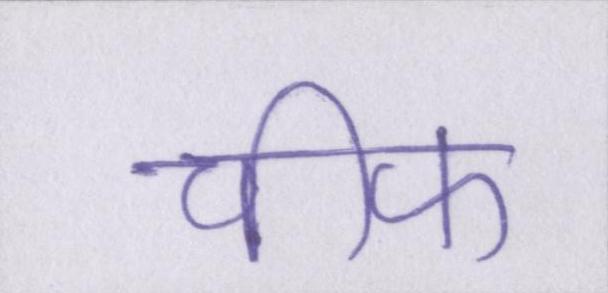
चीफ